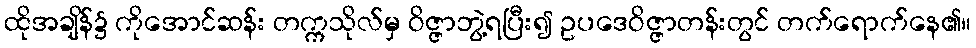
ထိုအချိန်၌ ကိုအောင်ဆန်း တက္ကသိုလ်မှ ဝိဇ္ဇာဘွဲ့ရပြီး၍ ဥပဒေဝိဇ္ဇာတန်းတွင် တက်ရောက်နေ၏။